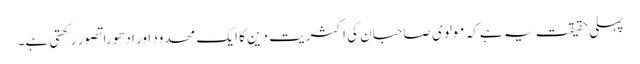
پہلی حقیقت یہ ہے کہ مولوی صاحبان کی اکثریت دین کا ایک محدود اور ادھورا تصور رکھتی ہے۔